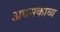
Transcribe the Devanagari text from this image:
अधमकाव्य